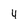
Character: 4